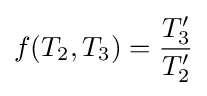
f(T_{2},T_{3})={\frac {T_{3}'}{T_{2}'}}